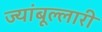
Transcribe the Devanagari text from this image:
ज्यांबूल्लारी